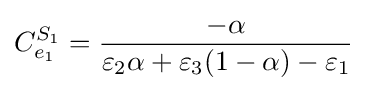
C_{e_{1}}^{S_{1}}={\frac {-\alpha }{\varepsilon _{2}\alpha +\varepsilon _{3}(1-\alpha )-\varepsilon _{1}}}